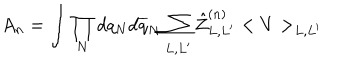
LaTeX: A _ { n } = \int \prod _ { N } d q _ { N } d \overline { { q } } _ { N } \sum _ { L , L ^ { \prime } } \hat { Z } _ { L , L ^ { \prime } } ^ { ( n ) } < V > _ { L , L ^ { \prime } }